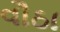
વૌઠા